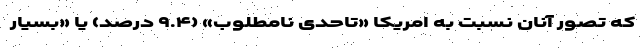
که تصور آنان نسبت به امریکا «تاحدی نامطلوب» (۹.۴ درصد) یا «بسیار